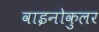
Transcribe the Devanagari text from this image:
वाइनोकुलर